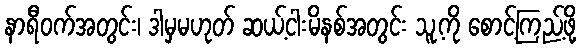
နာရီဝက်အတွင်း၊ ဒါမှမဟုတ် ဆယ့်ငါးမိနစ်အတွင်း သူ့ကို စောင့်ကြည့်ဖို့